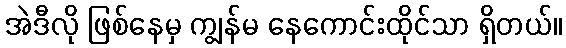
အဲဒီလို ဖြစ်နေမှ ကျွန်မ နေကောင်းထိုင်သာ ရှိတယ်။